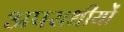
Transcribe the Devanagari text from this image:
अपराधीयों